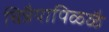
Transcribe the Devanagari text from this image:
चिन्नैयापिळ्ळै